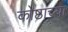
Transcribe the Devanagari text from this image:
कोष्ठाच्या